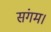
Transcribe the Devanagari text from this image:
संगम।